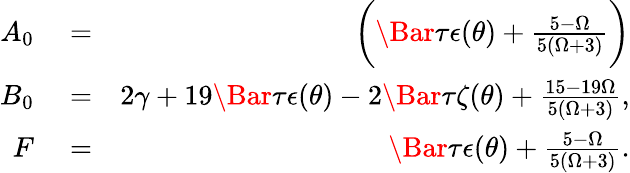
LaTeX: \begin{array}{rlr}{A_{0}}&{{}=}&{\bigg(\Bar{\tau}\epsilon(\theta)+\frac{5-\Omega}{5(\Omega+3)}\bigg)}\\ {B_{0}}&{{}=}&{2\gamma+19\Bar{\tau}\epsilon(\theta)-2\Bar{\tau}\zeta(\theta)+\frac{15-19\Omega}{5(\Omega+3)},}\\ {F}&{{}=}&{\Bar{\tau}\epsilon(\theta)+\frac{5-\Omega}{5(\Omega+3)}.}\end{array}